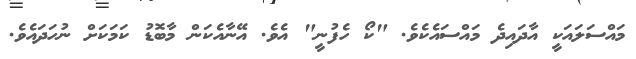
މައްސަލައަކީ އާދައިދެ މައްސަައެކެވެ. "ކޯ ހެފުނީ" އެވެ. އޭނާއެކަން މާބޮޑު ކަމަކަށް ނުހަދައެވެ.